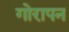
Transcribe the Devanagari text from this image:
गोरापन